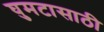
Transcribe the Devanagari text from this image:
घुमटासाठी